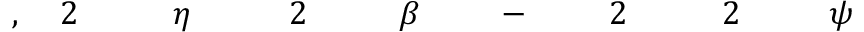
\! \! \! \! \! \! \! \! \! \! \! \psi \! \! \! \! \! \! \! \! \! \! \! \! _ { \! } \! \! \! \! \! \! \! \! \! \! \! 2 \! \! \! \! \! \! \! \! \! \! \! \! ^ { \! } \! \! \! \! \! \! \! \! \! \! \! 2 \! \! \! \! \! \! \! \! \! \! \! \! \! \! \! \! \! \! \! \! \! \! \! \! - \! \! \! \! \! \! \! \! \! \! \! \! \! \! \! \! \! \! \! \! \! \! \! \! \beta \! \! \! \! \! \! \! \! \! \! \! \! _ { \! } \! \! \! \! \! \! \! \! \! \! \! 2 \! \! \! \! \! \! \! \! \! \! \! \! \! \! \! \! \! \! \! \! \! \! \! \! \eta \! \! \! \! \! \! \! \! \! \! \! \! _ { \! } \! \! \! \! \! \! \! \! \! \! \! 2 \! \! \! \! \! \! \! \! \! \! \! \! , \! \! \! \! \! \! \! \! \! \! \!